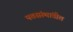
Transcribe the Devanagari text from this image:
पतसंस्थांतील